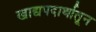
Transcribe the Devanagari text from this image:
खाद्यपदार्थातून